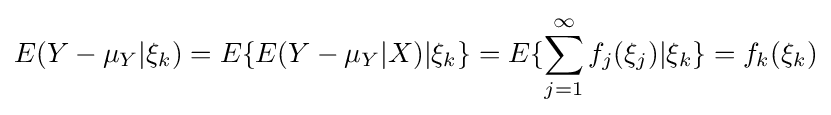
E(Y-\mu _{Y}|\xi _{k})=E\{E(Y-\mu _{Y}|X)|\xi _{k}\}=E\{\sum _{j=1}^{\infty }f_{j}(\xi _{j})|\xi _{k}\}=f_{k}(\xi _{k})